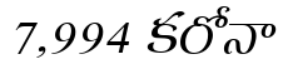
7,994 కరోనా